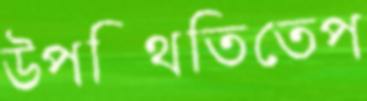
উপস্থিতিতেপ